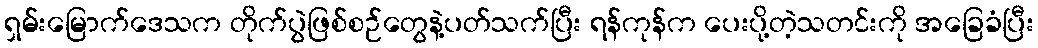
ရှမ်းမြောက်ဒေသက တိုက်ပွဲဖြစ်စဉ်တွေနဲ့ပတ်သက်ပြီး ရန်ကုန်က ပေးပို့တဲ့သတင်းကို အခြေခံပြီး